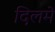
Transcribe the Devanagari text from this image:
दिलमे